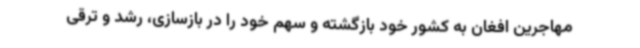
مهاجرین افغان به کشور خود بازگشته و سهم خود را در بازسازی، رشد و ترقی